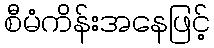
စီမံကိန်းအနေဖြင့်